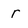
Character: r